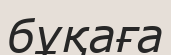
бұқаға